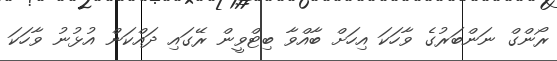
ރޯންގް ނަންބަރުގެ ވާހަކަ އިހަށް ބާއްވާ ބިޓްވީން ރޭގައި ދައްކަން އުޅުނު ވާހަކަ